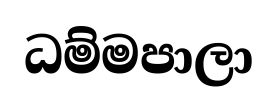
ධම්මපාලා